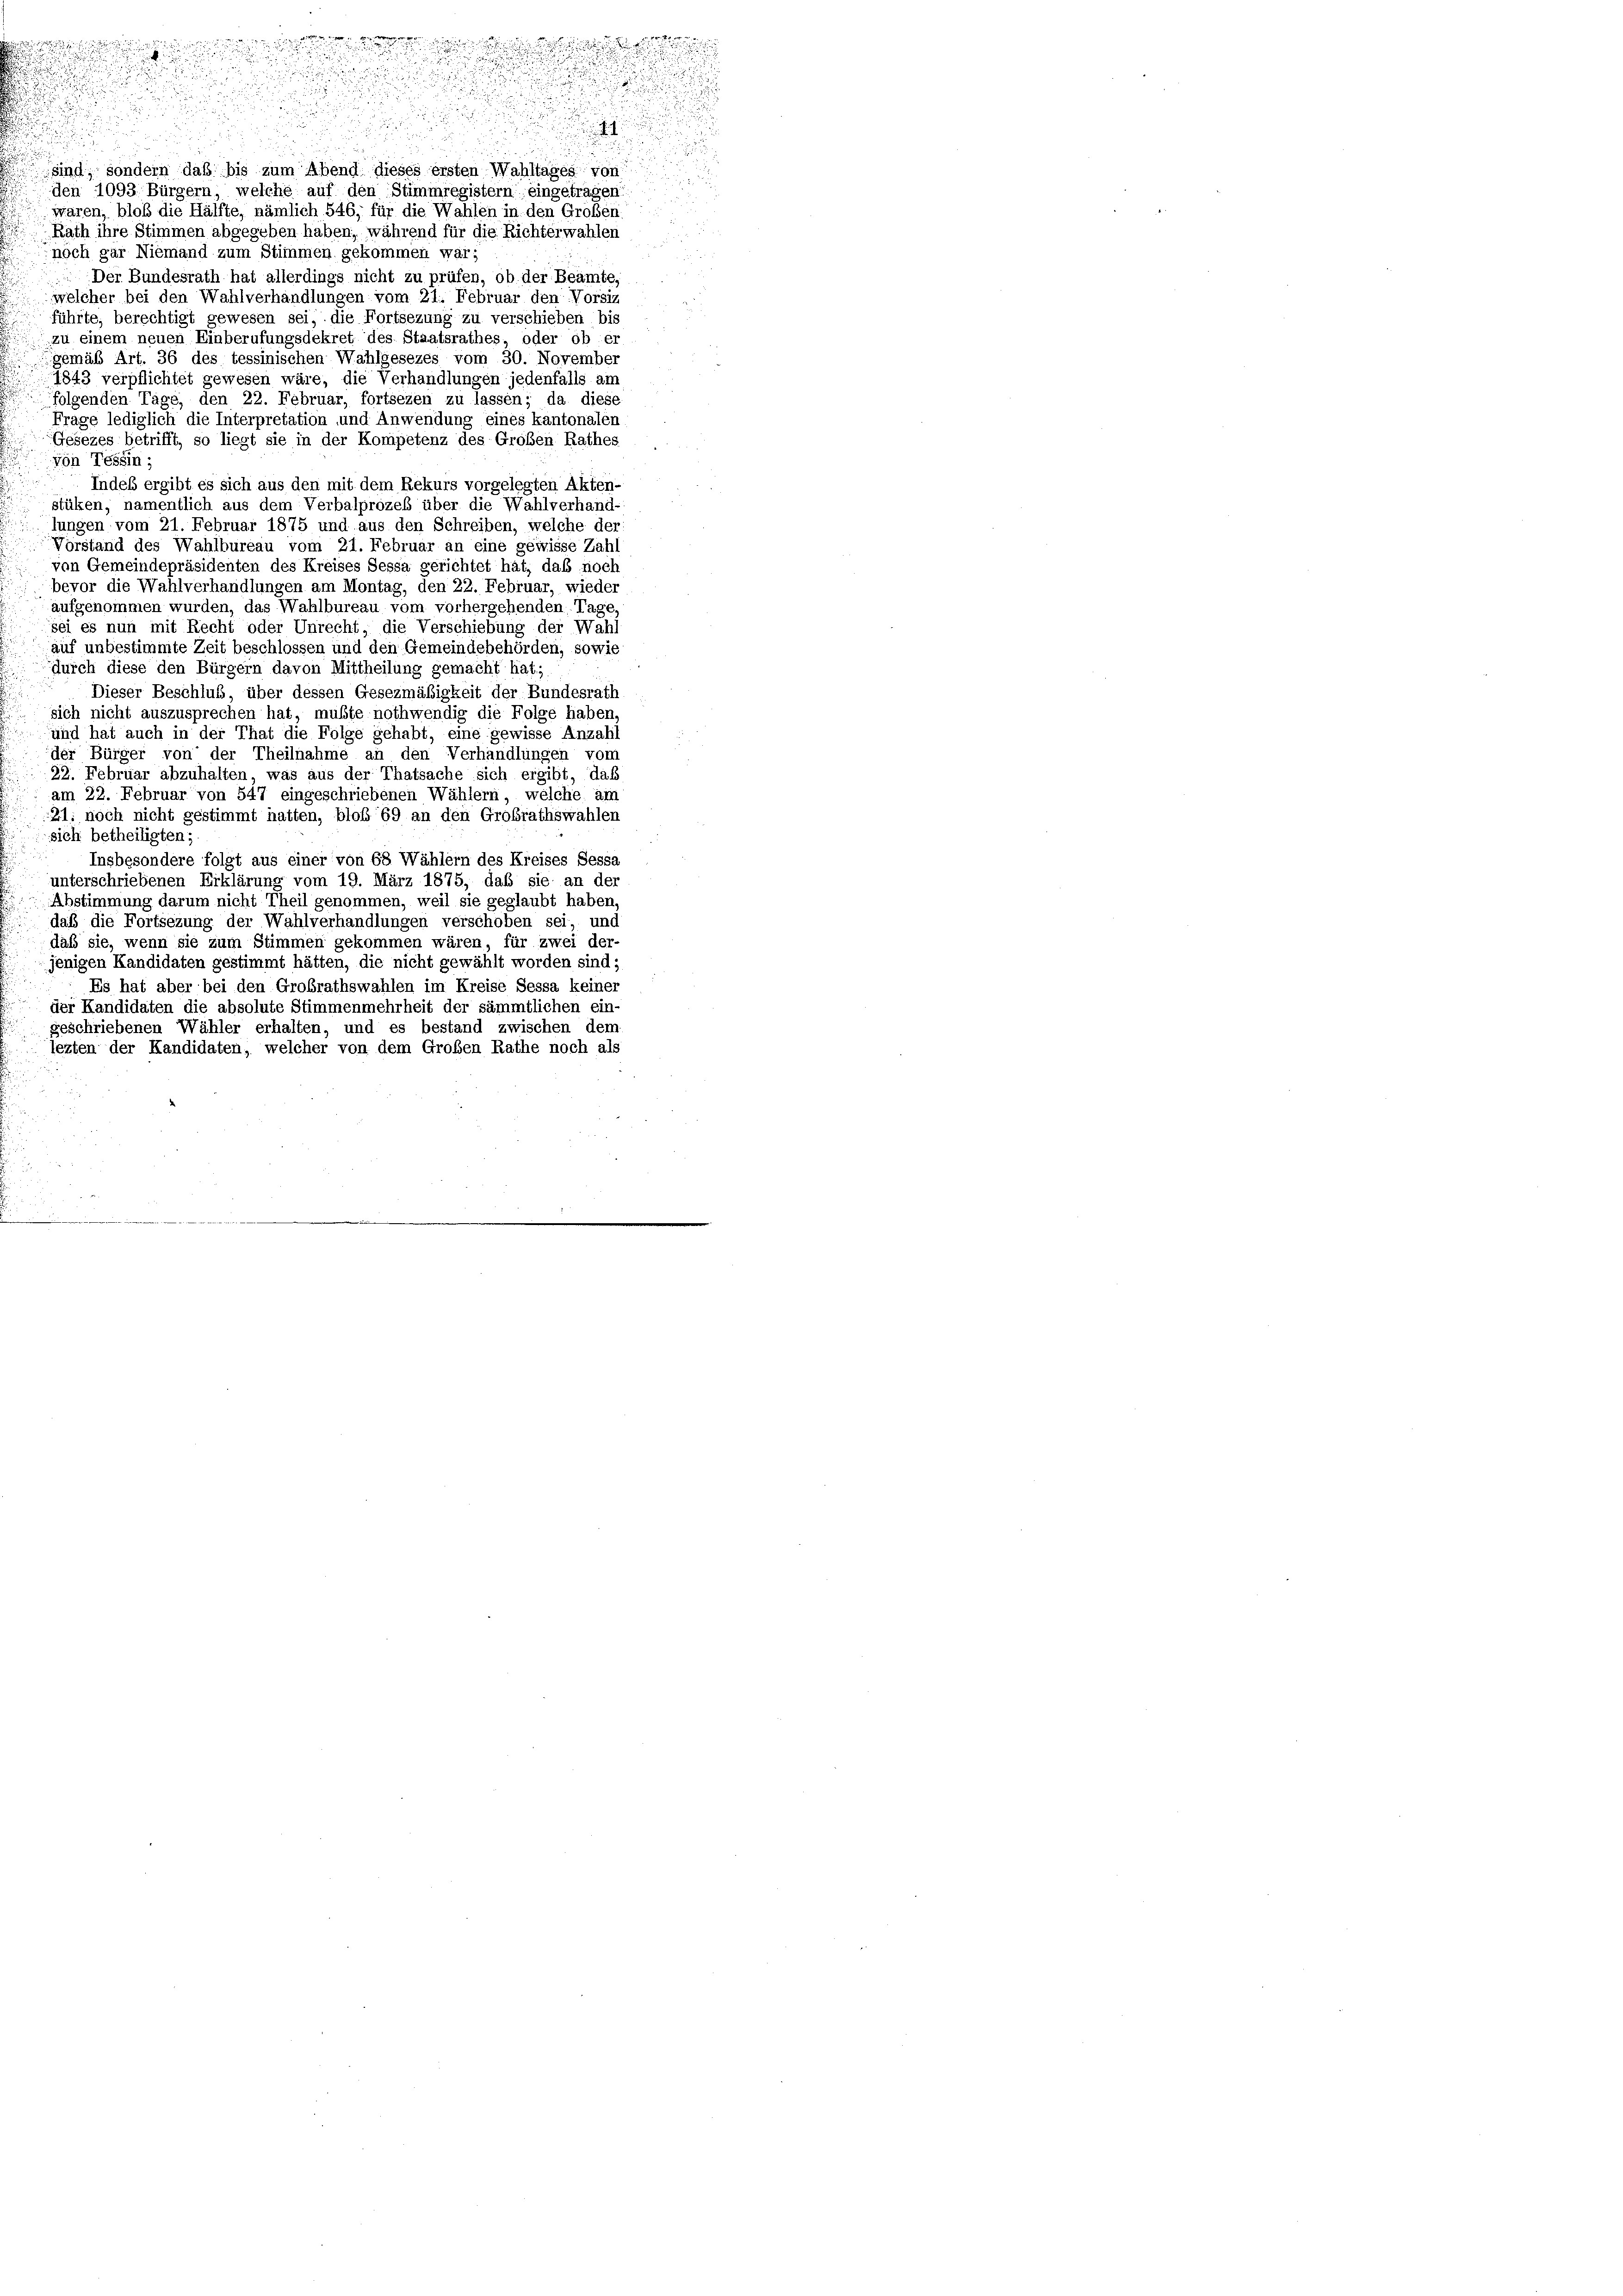
n
sind, sondern daß bis zum Abend dieses ersten Wahltages von
den 1093 Bürgern, welche auf den Stimmregistern eingetragen:
waren, bloß die Hälfte, nämlich 546, für die Wahlen in den Großen:
Rath ihre Stimmen abgegeben haben, während für die Richterwahlen
noch gar Niemand zum Stimmen gekommen war;
Der Bundesrath hat allerdings nicht zu prüfen, ob der Beamte,
welcher bei den Wahlverhandlungen vom 21. Februar den Vorsiz
führte, berechtigt gewesen sei, die Fortsezung zu verschieben bis
zu einem neuen Einberufungsdekret des Staatsrathes, oder ob er
gemäß Art. 36 des tessinischen Wahlgesezes vom 30. November
1843 verpflichtet gewesen wäre, die Verhandlungen jedenfalls am
folgenden Tage, den 22. Februar, fortsezen zu lassen; da diese
Frage lediglich die Interpretation und Anwendung eines kantonalen
Gesezes betrifft, so liegt sie in der Kompetenz des Großen Rathes
von Tessin;
Indes ergibt es sich aus den mit dem Rekurs vorgelegten Akten-
stüken, namentlich aus dem Verbalprozeß über die Wahlverhand-
lungen vom 21. Februar 1875 und aus den Schreiben, welche der
Vorstand des Wahlbureau vom 21. Februar an eine gewisse Zahl
von Gemeindepräsidenten des Kreises Sessa gerichtet hat, das noch
bevor die Wahlverhandlungen am Montag, den 22. Februar, wieder
aufgenommen wurden, das Wahlbureau vom vorhergehenden. Tage,
sei es nun mit Recht oder Unrecht, die Verschiebung der Wahl
auf unbestimmte Zeit beschlossen und den Gemeindebehörden, sowie
durch diese den Bürgern davon Mittheilung gemacht hat;
Dieser Beschluß, über dessen Gesezmäßigkeit der Bundesrath
sich nicht auszusprechen hat, mußte nothwendig die Folge haben.
und hat auch in der That die Folge gehabt, eine gewisse Anzahl
der Bürger von der Theilnahme an den Verhandlungen vom
22. Februar abzuhalten, was aus der Thatsache sich ergibt, daß
am 22. Februar von 547 eingeschriebenen Wählern, welche am
21: noch nicht gestimmt hatten, bloß 69 an den Großrathswahlen
sich betheiligten;
Insbesondere folgt aus einer von 68 Wählern des Kreises Sessa
unterschriebenen Erklärung vom 19. März 1875, daß sie an der
Abstimmung darum nicht Theil genommen, weil sie geglaubt haben.
daß die Fortsezung der Wahlverhandlungen verschoben sei, und
daß sie, wenn sie zum Stimmen gekommen wären, für zwei der-
jenigen Kandidaten gestimmt hätten, die nicht gewählt worden sind,
Es hat aber bei den Großrathswahlen im Kreise Sessa keiner
der Kandidaten die absolute Stimmenmehrheit der sämmtlichen ein
geschriebenen Wähler erhalten, und es bestand zwischen dem
lezten der Kandidaten, welcher von dem Großen Rathe noch als

werge